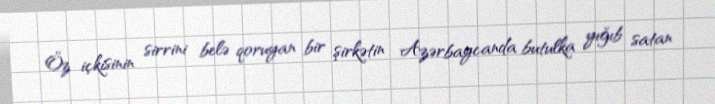
Öz içkisinin sirrini belə qoruyan bir şirkətin Azərbaycanda butulka yığıb satan